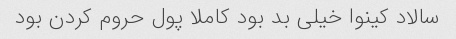
سالاد کینوا خیلی بد بود کاملا پول حروم کردن بود